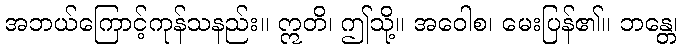
အဘယ်ကြောင့်ကုန်သနည်း။ ဣတိ၊ ဤသို့။ အဝေါစ၊ မေးပြန်၏။ ဘန္တေ၊